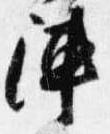
陣